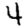
Digit: 4